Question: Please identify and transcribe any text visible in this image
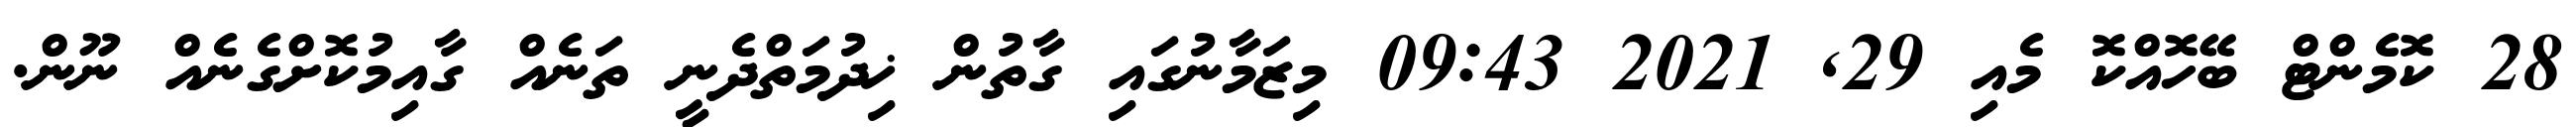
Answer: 28 ކޮމެންޓް ބޭހޮއްކޮ މެއި 29, 2021 09:43 މިޒަމާނުގައި ގާތުން ޚިދުމަތްދެނީ ތަނެއް ގާއިމުކޮށްގެނެއް ނޫން.